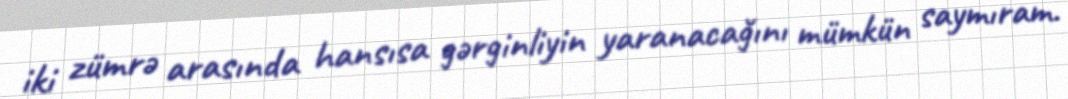
iki zümrə arasında hansısa gərginliyin yaranacağını mümkün saymıram.